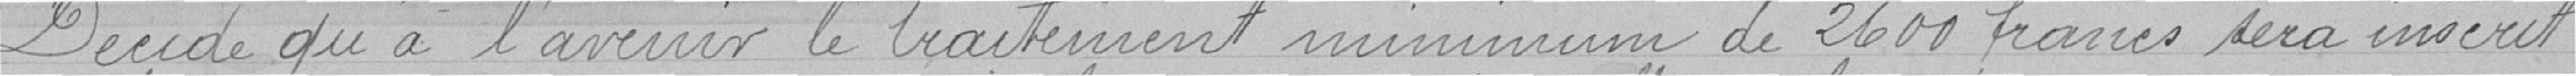
Décide qu'a l'avenir le traitement minimum de 2600 francs sera inscrit